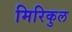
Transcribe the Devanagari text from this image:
मिरिकुल